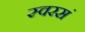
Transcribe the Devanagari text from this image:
स्वरसं